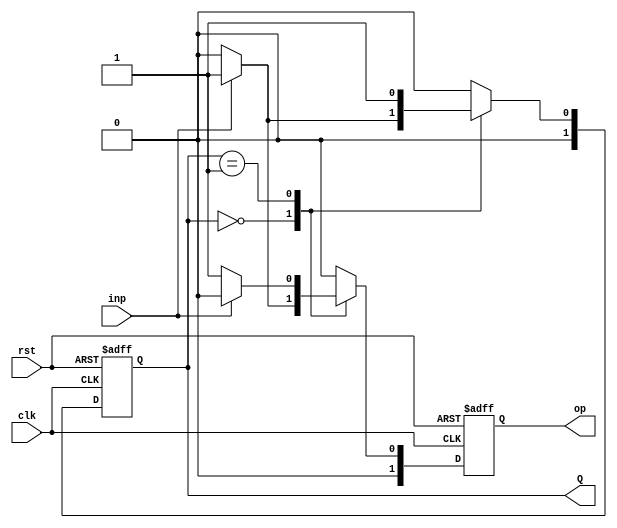
`timescale 1ns / 1ps
//////////////////////////////////////////////////////////////////////////////////
// Company: 
// Engineer: 
// 
// Create Date: 
// Design Name: 
// Module Name: 2's Complement convertor
// Project Name: 
// Target Devices: 
// Tool Versions: 
// Description: 
// 
// Dependencies: 
// 
// Revision:
// Revision 0.01 - File Created
// Additional Comments:
// 
//////////////////////////////////////////////////////////////////////////////////
 
/////////////////////////////////////////////////////////////////////////////////
//GROUP NO. 13
// 5th semester - AUTUMN 2020 
//STUDENTS : ATHARVA ROSHAN NAIK (18CS10067)
//           RADHIKA PATWARI (18CS10062)

// ASSIGNMENT 4 -- Question 1
// FSM for Two's complement converter from LSB
///////////////////////////////////////////////////////////////////////////////////

// Mealy machine for converting a stream of bits from LSB into its corresponding 
// 2's complement and outputting the output bits

// Module parameters::
// rst : reset the input
// clk : clock needed to drive the FSM
// inp : input binary bit
// op : output binary bit
// Q : present state of the mealy machine


module complement_converter(input rst, input clk, input inp, output reg [1:0] op, output reg [1:0] Q);
    
    reg [1:0] ns;                           //next state variable
    reg [1:0] nop;                          //output on current input
    parameter S0=2'b00, S1=2'b01;           //2 states defined for the mealy machine
    parameter O0 = 2'b00, O1 = 2'b01;       //2 outputs : 0 and 1

    always @(posedge clk, posedge rst)      //driving the m/c at positive edge of clock
        if(rst)                             //if reset = 1 then set start state and output
            begin
                Q <= S0;                    //start state : 00
                op <= O0;                   //output : 0
            end
        else
            begin
                Q <= ns;                    //present state : next state
                op <= nop;                  //present output : next output
            end

    //sequential FSM based upon the transition table:
    // -----------------------------------
    // Input |      0      |      1      |
    // -----------------------------------
    //   PS  |  NS  |  Out |  NS  |  Out |
    // -----------------------------------
    //   00  |  00  |  00  |  01  |  01  |
    //   01  |  01  |  01  |  01  |  00  |
    // -----------------------------------

    always @(Q, inp)                        //driving the m/c when input/state changes
    begin
        case(Q)
            S0: if(inp)                     
                    begin 
                        ns = S1; 
                        nop = O1; 
                    end
                    
                else
                    begin
                        ns = S0; 
                        nop = O0; 
                    end
            S1: if(inp)
                    begin
                        ns = S1; 
                        nop = O0; 
                    end
                    
                else
                    begin
                        ns = S1; 
                        nop = O1; 
                    end
            default:
                begin
                    ns = S0;
                    nop = O0;
                end
        endcase    
    end
endmodule